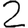
Digit: 2